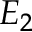
E _ { 2 }